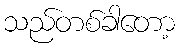
သည်တစ်ခါတော့